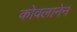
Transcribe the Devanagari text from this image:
कोवलानेन